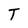
Character: T